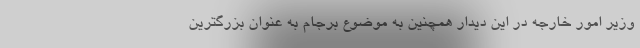
وزیر امور خارجه در این دیدار همچنین به موضوع برجام به عنوان بزرگترین